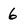
Character: 6